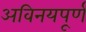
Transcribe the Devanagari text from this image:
अविनयपूर्ण